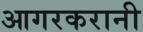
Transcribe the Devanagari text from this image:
आगरकरानी